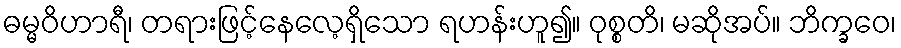
ဓမ္မဝိဟာရီ၊ တရားဖြင့်နေလေ့ရှိသော ရဟန်းဟူ၍။ ဝုစ္စတိ၊ မဆိုအပ်။ ဘိက္ခဝေ၊